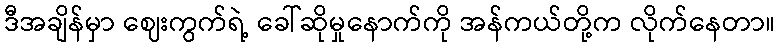
ဒီအချိန်မှာ ဈေးကွက်ရဲ့ ခေါ်ဆိုမှုနောက်ကို အန်ကယ်တို့က လိုက်နေတာ။